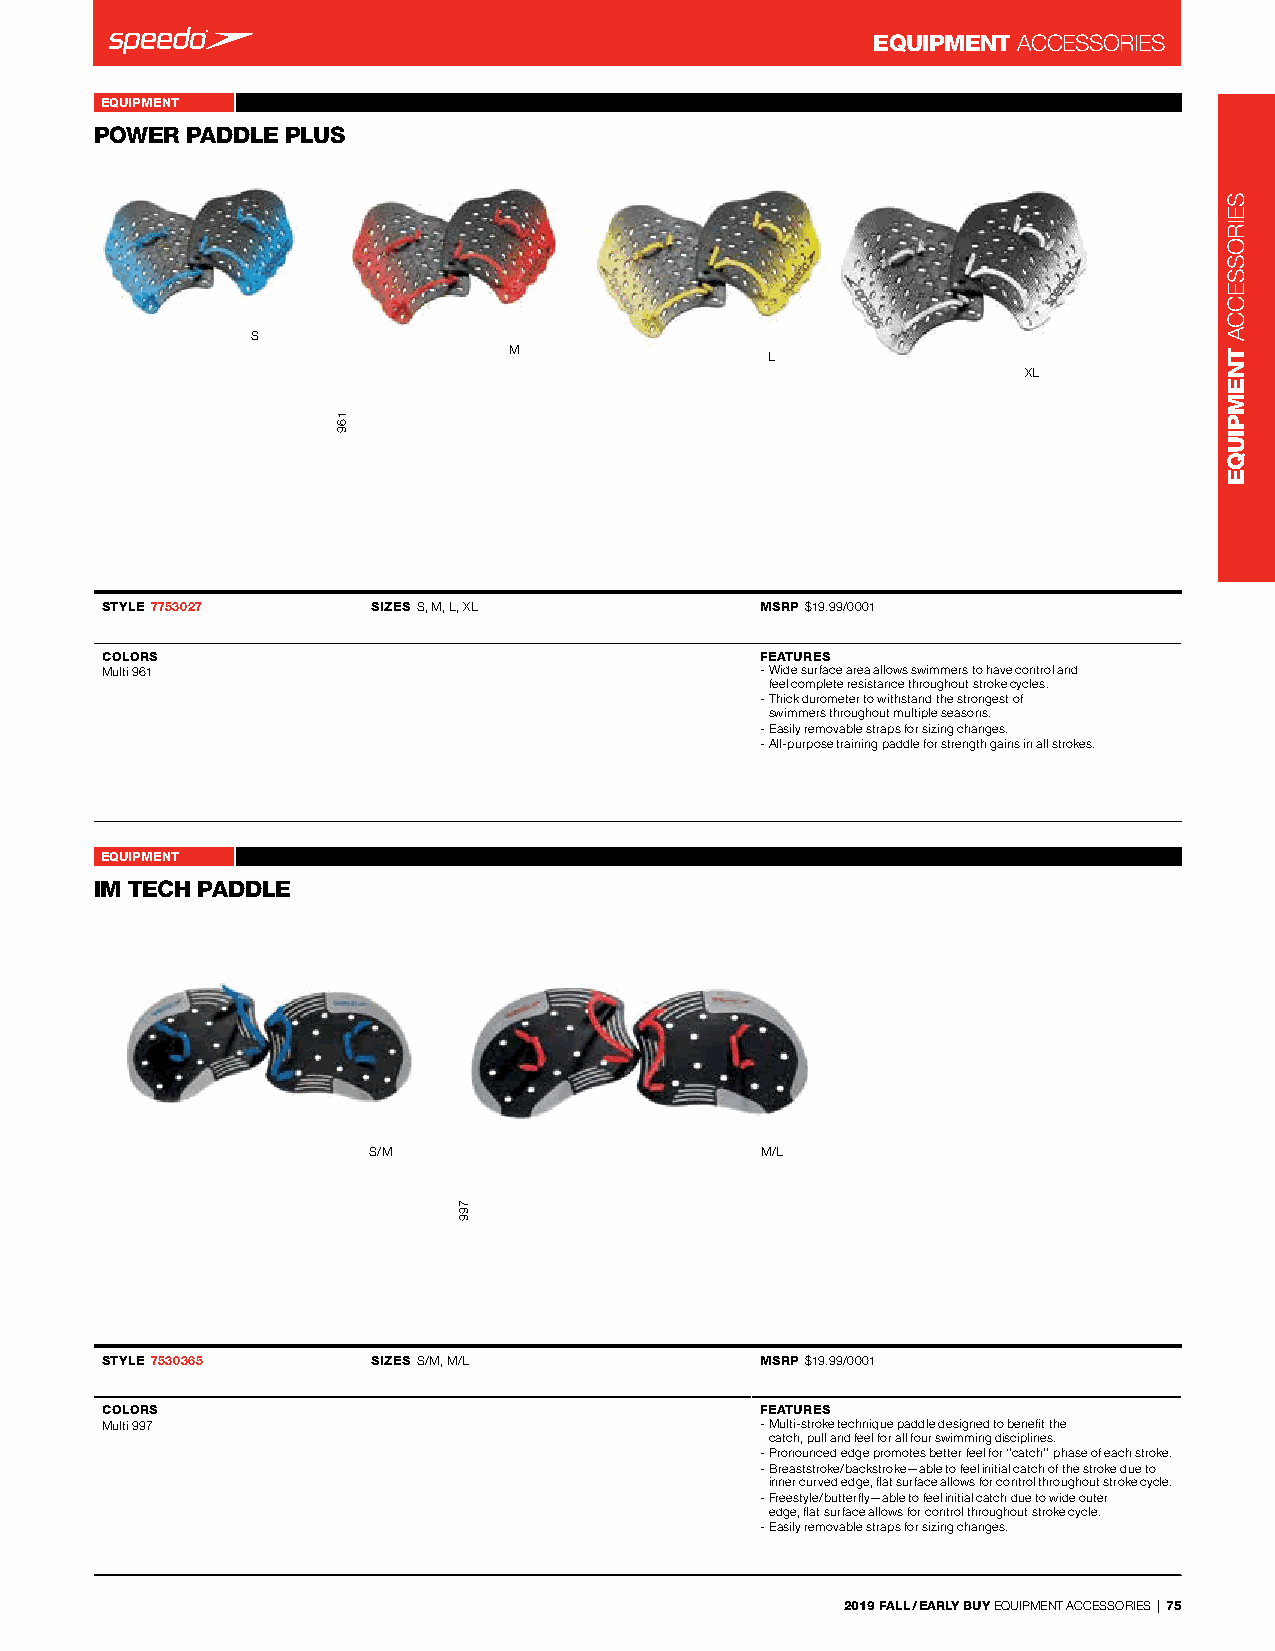
EQUIPMENT ACCessorIes
 EQUIPMENT                                               Power Paddle Plus 7753019
 POWER PADDLE PLUS               -
 s
 M                l
 Xl
 STYLE 7753027     SIZES s, M, l, Xl        MSRP $19.99/0001
 COLORS                                     FEATURES
 Multi 961                                  - Wide surface area allows swimmers to have control and
 feel complete resistance throughout stroke cycles.
 - Thick durometer to withstand the strongest of
 swimmers throughout multiple seasons.
 - easily removable straps for sizing changes.
 - All-purpose training paddle for strength gains in all strokes.
 EQUIPMENT                                               IM TECH PADDLE 7530365
 IM TECH PADDLE                  -
 s/M                       M/l
 STYLE 7530365     SIZES s/M, M/l           MSRP $19.99/0001
 COLORS                                     FEATURES
 Multi 997                                  - Multi-stroke technique paddle designed to benefit the
 catch, pull and feel for all four swimming disciplines.
 - Pronounced edge promotes better feel for ‘’catch’’ phase of each stroke.
 - Breaststroke/backstroke—able to feel initial catch of the stroke due to
 inner curved edge, flat surface allows for control throughout stroke cycle.
 - Freestyle/butterfly—able to feel initial catch due to wide outer
 edge, flat surface allows for control throughout stroke cycle.
 - easily removable straps for sizing changes.
 2019 FALL / EARLY BUY eQUIPMenT ACCessorIes | 75
 169
 799
 seIrosseCCA
 TNEMPIUQE